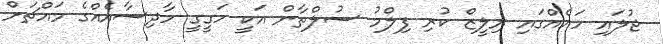
ޖުލައި ހައެއްގައި ރިލީޒް ކުރި ފިލްމު ސުލްތާން އަކީ ހަގީގީ ހާދިސާއެއްގެ މައްޗަށް